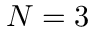
N = 3